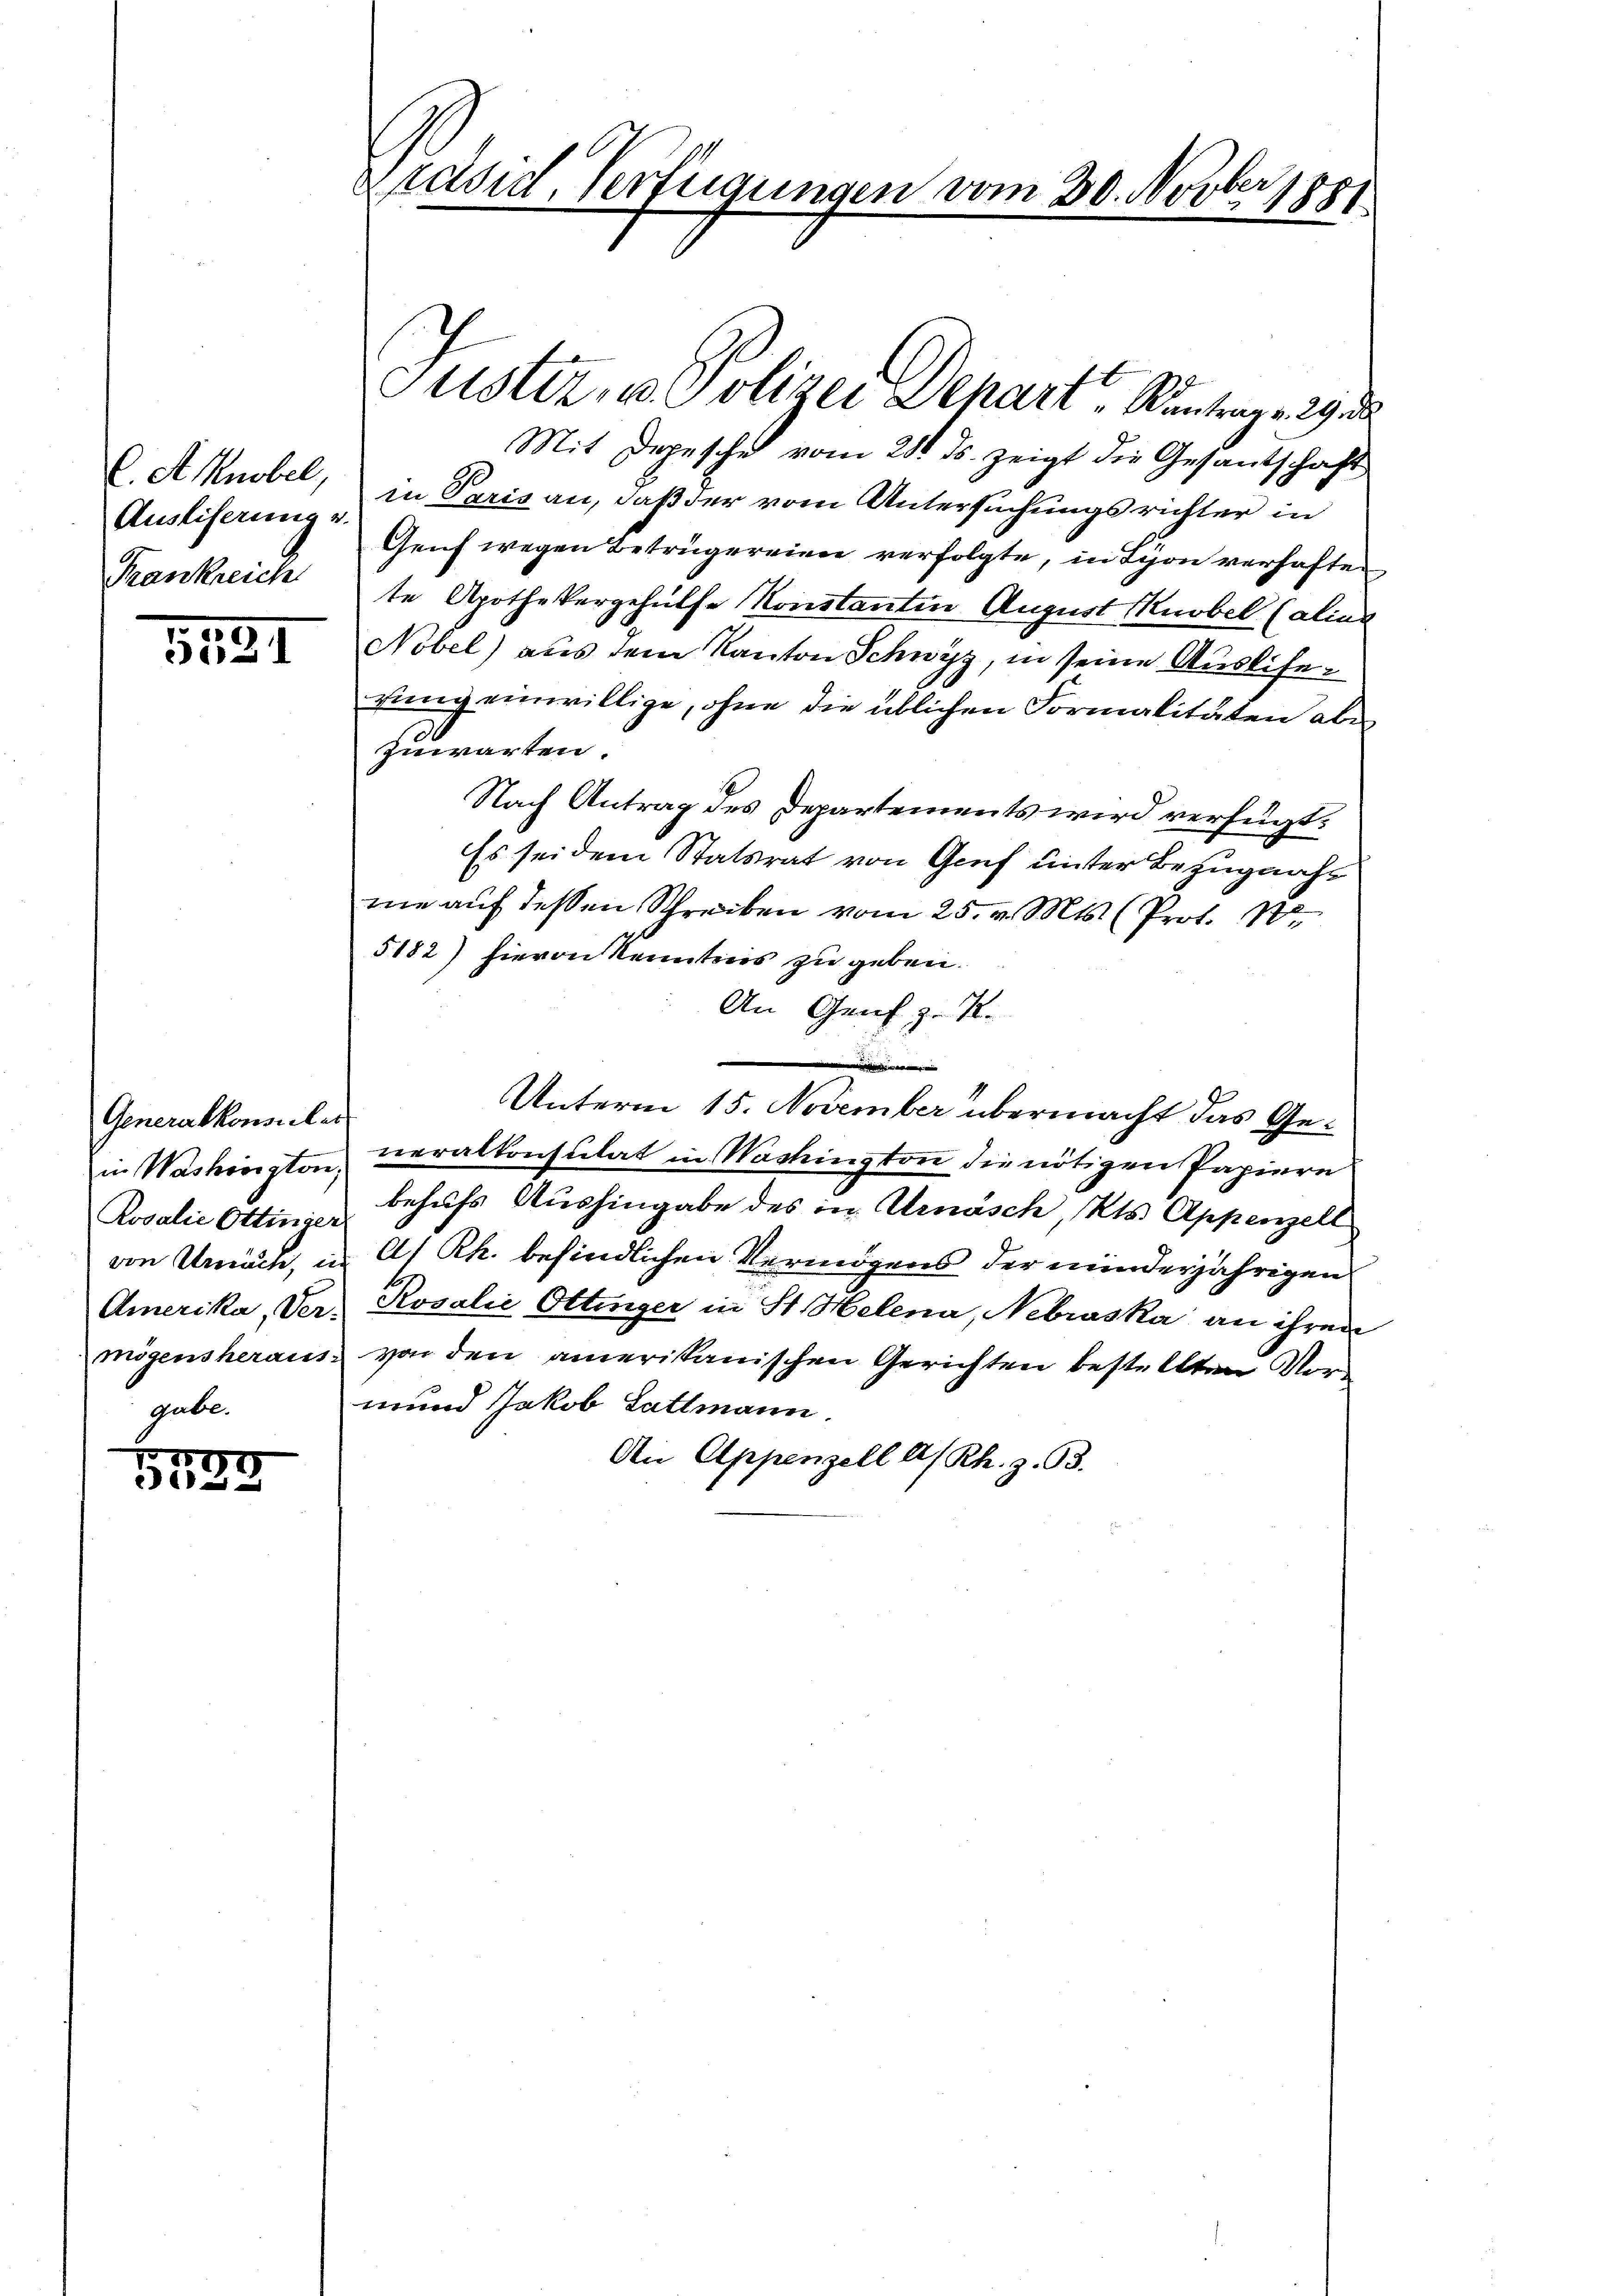
Ausliserung v.
Frankreich

3131

Generalkonster
gube.

257.
7
 12 x

Präsid. Verfügungen vom 30. Novber 1881

Justiz, u. Polizei Depart „Rantrag 29.
Mit Depesche vom 21. ds. zeigt die Gesantschaft
C. Arnobel, in Paris an, daß der vom Untersuchungsrichter in
Genf wegen Betrügereien verfolgte, in Lyon verhaften,
te Apothekergehülfe Konstanten August Knobel Caline
Nobel) aus dem Kanton Schwyz, in seine Auslisegung einwillige, ohne die üblichen Formalitäten aber
zuwarten.
Nach Antrag des Departements wird verfügt:
Es sei dem Statsrat von Genf unter Bezugnahme auf dessen Schreiben vom 25. v. Mts. (Prot. 10.
5182) hievon Kenntnis zu geben.
An Genf zu K.
e
Unterm 15. November übermacht das Gein Washington veralkonsulat in Wachington die nötigen Papiere
Rosalie Ottinge behŭfs Aushingabe des in Urnäsch, Kts. Appenzell
von Urach, in A. Rh. befindlichen Vermögens der minderjährigen
Amerika, Ver- Rosalić Ottinger in St. Helena, Nebraska an ihren
mögensheraus von den amerikanischen Gerichten bestellten Vormund Jakob Lattmann
An Appenzell A/Rh. z. 93.